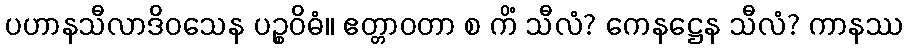
ပဟာနသီလာဒိဝသေန ပဉ္စဝိဓံ။ ဧတ္တာဝတာ စ ကိံ သီလံ? ကေနဋ္ဌေန သီလံ? ကာနဿ